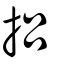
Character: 捛